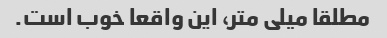
مطلقا میلی متر، این واقعا خوب است.